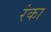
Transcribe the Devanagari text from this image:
रंका